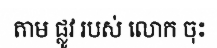
តាម ផ្លូវ របស់ លោក ចុះ